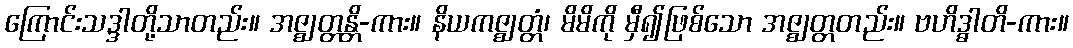
ကြောင်းသဒ္ဒါတို့သာတည်း။ အဇ္ဈတ္တန္တိ-ကား။ နိယကဇ္ဈတ္တံ၊ မိမိကို မှီ၍ဖြစ်သော အဇ္ဈတ္တတည်း။ ဗဟိဒ္ဓါတိ-ကား။